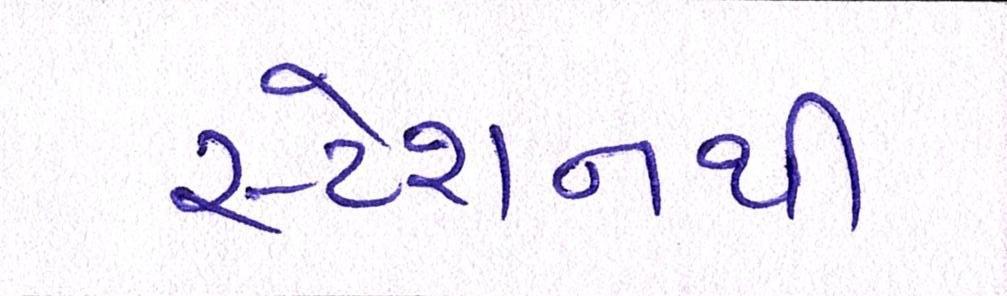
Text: સ્ટેશનથી